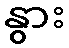
နွား